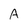
Character: A